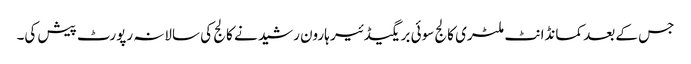
جس کے بعد کمانڈانٹ ملٹری کالج سوئی بریگیڈئیر ہارون رشید نے کالج کی سالانہ رپورٹ پیش کی۔